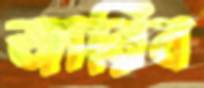
জারিব